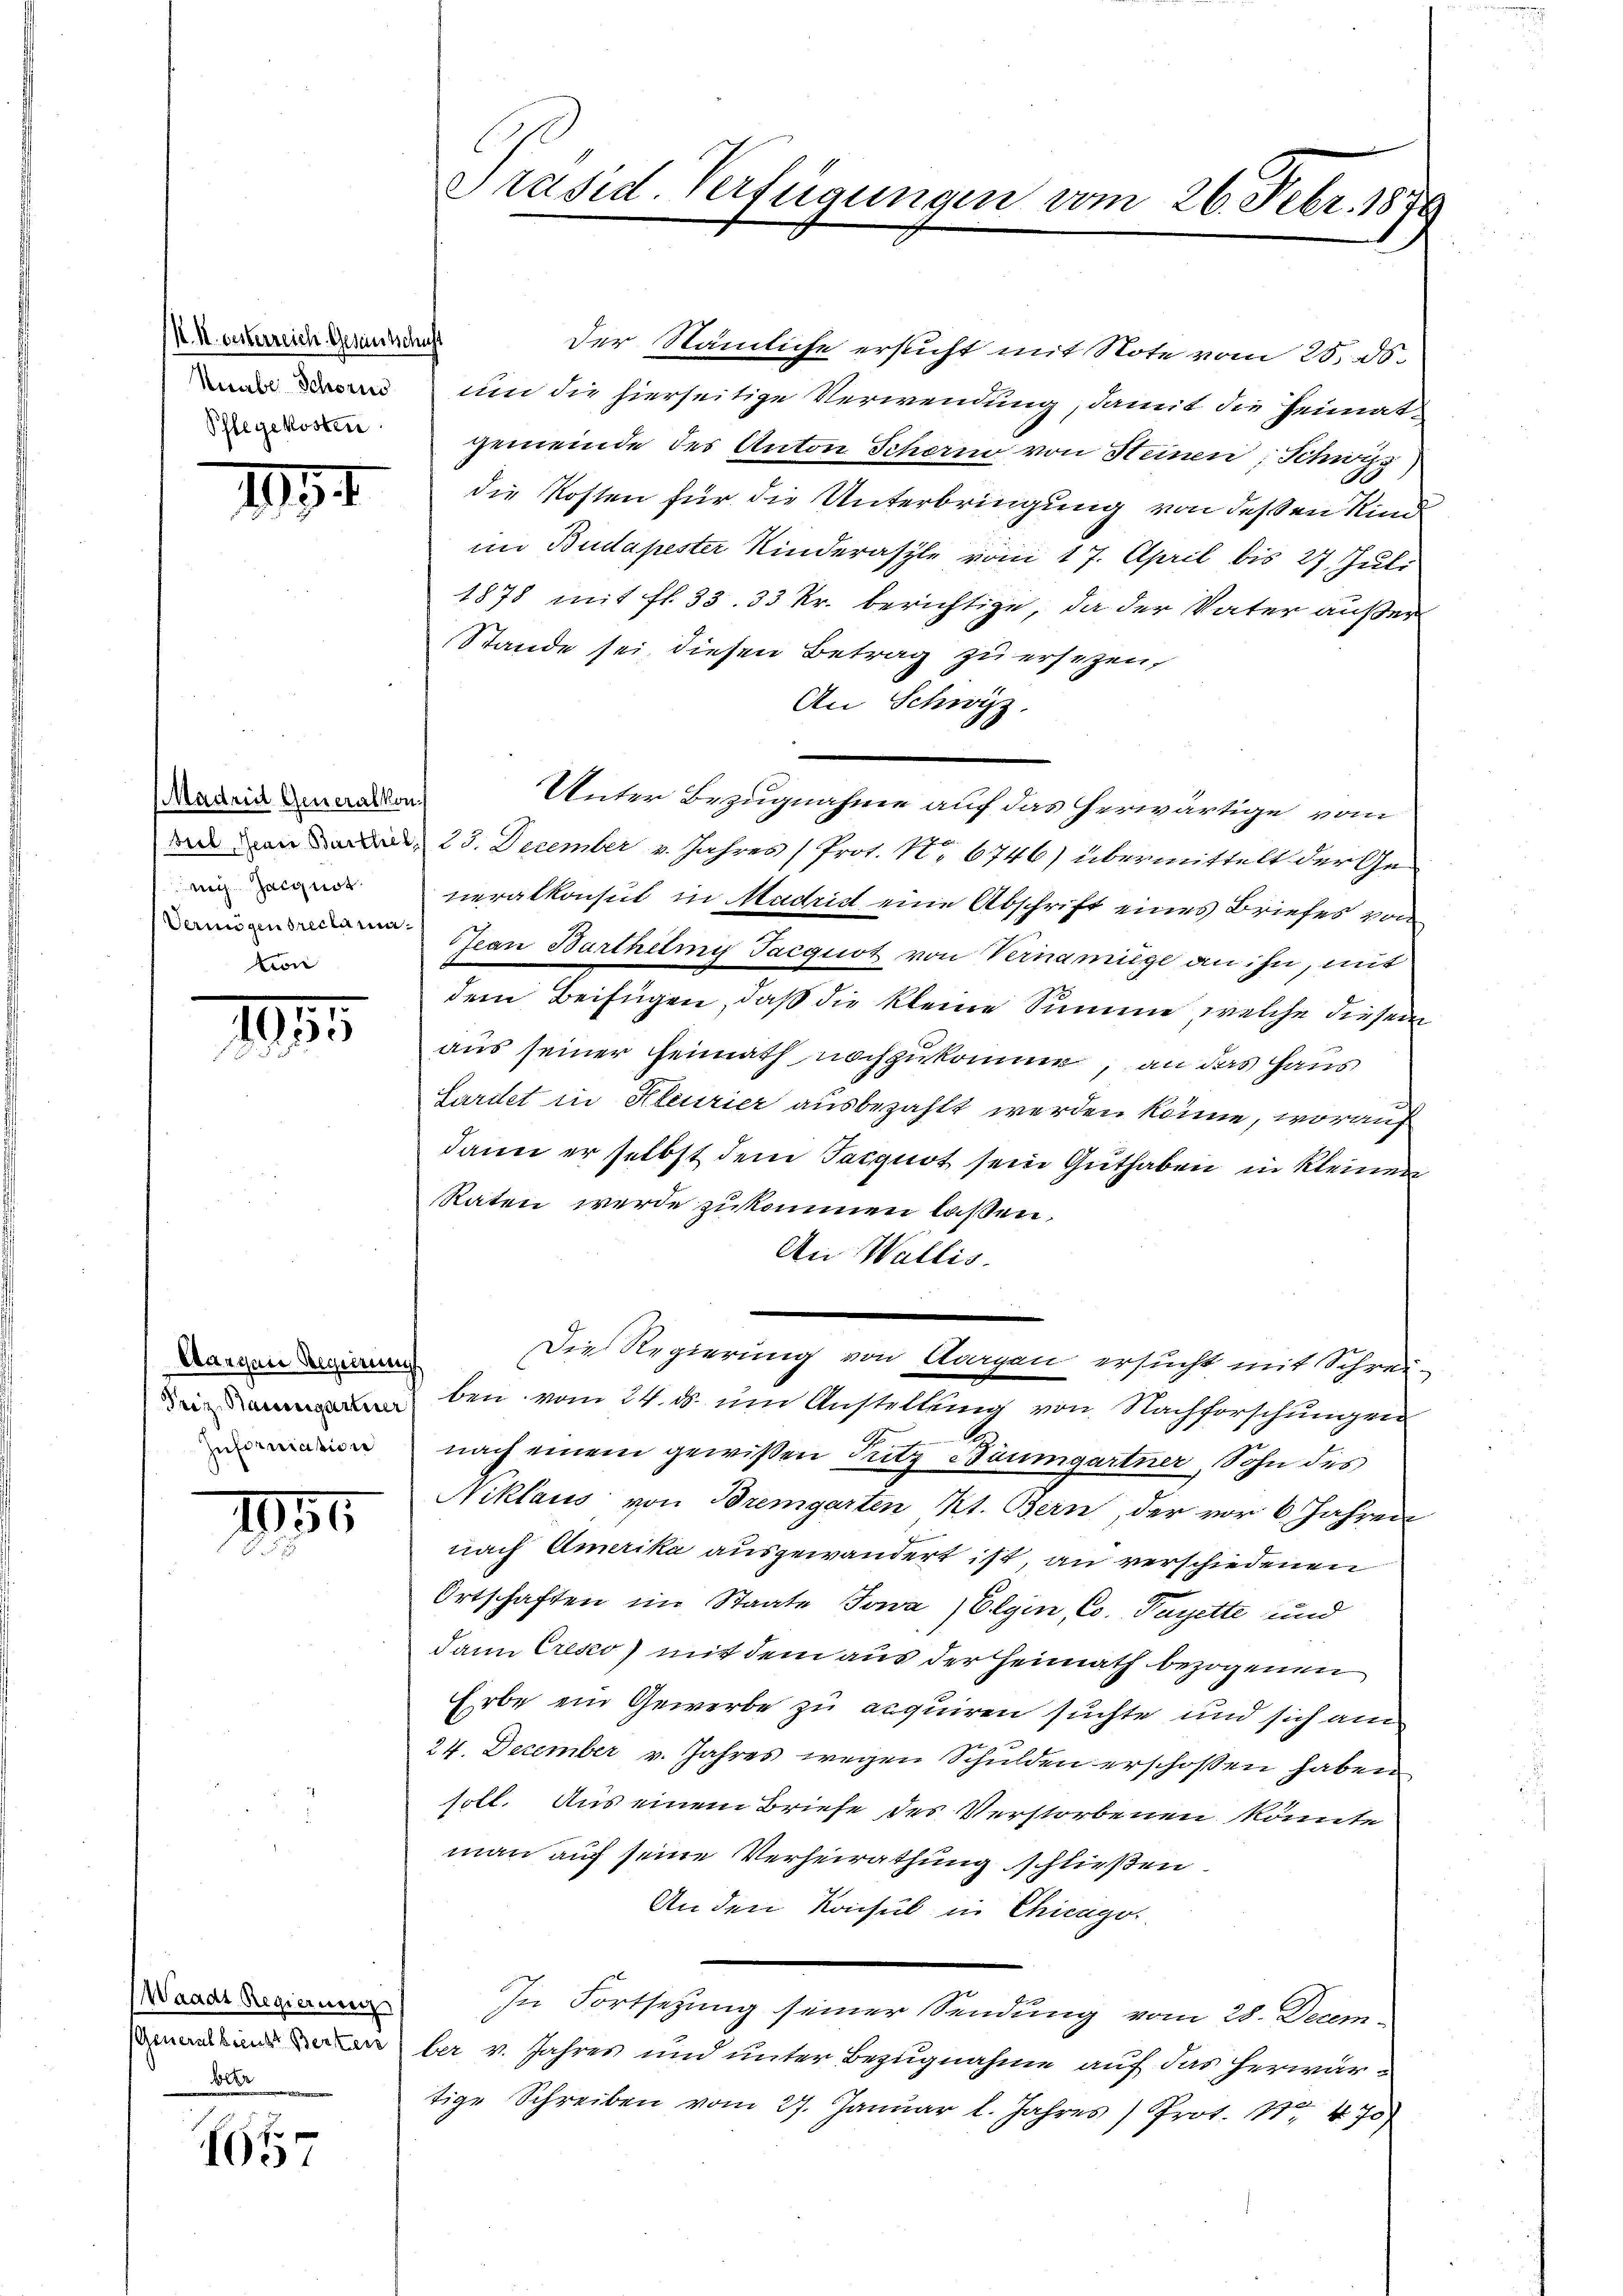
K. K. gesterreich Gesandtschust
Numbe Schorns
Phlegekosten

III

Madrid Generalkon
mich Zelgnot.
von

1815.

Sargen Regierung
Information

II1
2

(Waadt Regierung
Generalbienst Berten
80

h
1007

Der Nämliche ersucht mit Note vom 25. ds.
um die hierseitige Verwendung, damit die Heimatgemeinde des Anton Schern von Steinen; Schwyz
die Kosten für die Unterbringung von deßen Kind
im Budapester Kinderasple von 17. April bis 27. Juli
1878 mit fl. 33. 33 kr. berichtige, da der Vater außer
Stande sei diesen Betrag zu ersezen,
An Schwyz.
Unter Bezugnahme auf das herwärtige vom
 23. December v. Jahres (Prot. No 6746) übermittelt der Generalkonsul in Madrist eine Abschrift eines Briefes von
Jean Barthelmy Tacguot von Vernamige an ihn, mit
dem Beifügen, daß die kleine Summe, welche diesem
aus seiner Heimath nachzukomme, an das Haus
Sardet in Kleurier ausbezahlt werden könne, worauf
dann er selbst dem Tarquot sein Guthaben in kleinen
Raten werde zukommen laßen.
An Wallis.
Die Regierung von Aargen ersucht mit Schrei-
ben vom 24. d. um Anstellung von Nachforschungen

nach einem gewißen Tritz Baumgartner, Sohn des
Niklaus von Bremgarten Kt. Bern, der vor 6 Jahren
nach Amerika ausgewandert ist, an verschiedenen
Ortschaften im Staate Jowa, Elgin, Co. Payette und
dann Cresco) mit dem aus der Heimath bezogenen
Erbe ein Gewerbe zu acquiren suchte und sich am
24. December v. Jahres wegen Schulden erschoßen haben
soll. Aus einem Briefe des Verstorbenen könnte
man auf seine Verheirathung schließen.
An den Konsul in Chicago
In Fortsetzung seiner Sendung vom 28. December v. Jahres und unter Bezugnahme auf das herwärtige Schreiben vom 27. Januar l. Jahres Prot. Nr. 475)

Präsid. Verfügungen vom 26. Febr. 1890